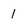
Character: I